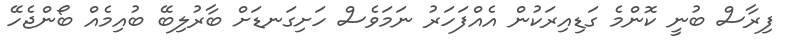
ފިރާސް ބުނީ ކޮންމެ ގަޑިއިރަކުން އެއްފަހަރު ނަމަވެސް ހަށިގަނޑަށް ބާރުލިބޭ ބުއިމެއް ބޯންޖެހޭ